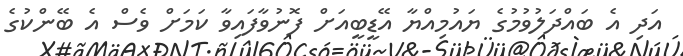
އަދި އެ ބައްދަލުވުމުގެ ޔައުމިއްޔާ އޭޑީބީއަށް ފޮނުވާފައިވާ ކަމަށް ވެސް އެ ބޭންކުގެ